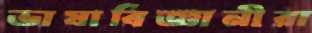
ভাষাবিজ্ঞানীরা